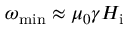
\omega _ { \mathrm { m i n } } \approx \mu _ { 0 } \gamma H _ { \mathrm { i } }